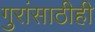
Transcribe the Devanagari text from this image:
गुरांसाठीही